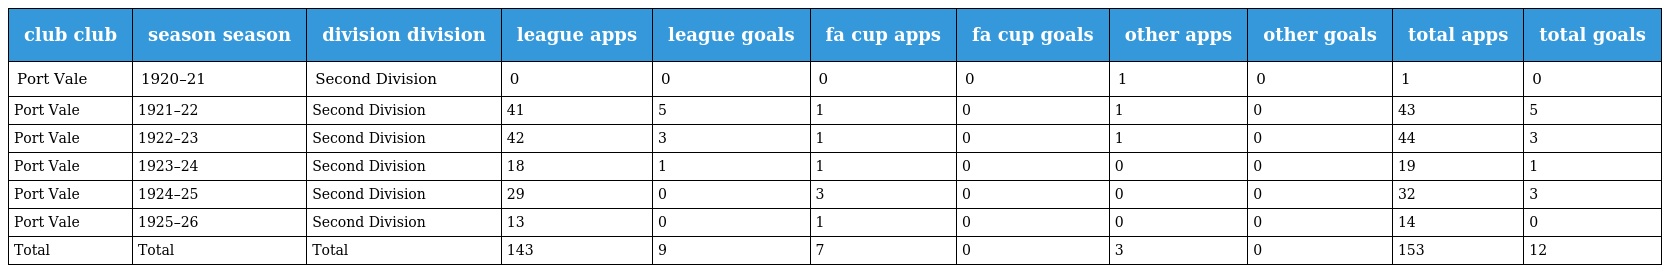
| club club | season season | division division | league apps | league goals | fa cup apps | fa cup goals | other apps | other goals | total apps | total goals |
 | --- | --- | --- | --- | --- | --- | --- | --- | --- | --- | --- |
 | Port Vale | 1920–21 | Second Division | 0 | 0 | 0 | 0 | 1 | 0 | 1 | 0 |
 | Port Vale | 1921–22 | Second Division | 41 | 5 | 1 | 0 | 1 | 0 | 43 | 5 |
 | Port Vale | 1922–23 | Second Division | 42 | 3 | 1 | 0 | 1 | 0 | 44 | 3 |
 | Port Vale | 1923–24 | Second Division | 18 | 1 | 1 | 0 | 0 | 0 | 19 | 1 |
 | Port Vale | 1924–25 | Second Division | 29 | 0 | 3 | 0 | 0 | 0 | 32 | 3 |
 | Port Vale | 1925–26 | Second Division | 13 | 0 | 1 | 0 | 0 | 0 | 14 | 0 |
 | Total | Total | Total | 143 | 9 | 7 | 0 | 3 | 0 | 153 | 12 |